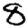
Digit: 8